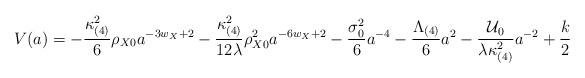
LaTeX: \begin{align*}V(a) = - \frac{\kappa_{(4)}^{2}}{6} \rho_{X0} a^{-3w_{X}+2}- \frac{\kappa_{(4)}^{2}}{12\lambda} \rho_{X0}^{2} a^{-6w_{X} + 2}- \frac{\sigma_{0}^2}{6} a^{-4} - \frac{\Lambda_{(4)}}{6} a^{2}- \frac{{\cal U}_0}{\lambda \kappa_{(4)}^{2}} a^{-2} + \frac{k}{2}\end{align*}